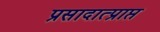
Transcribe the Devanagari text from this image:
प्रसादात्प्राप्त